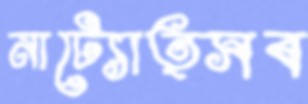
নাট্যোত্সব